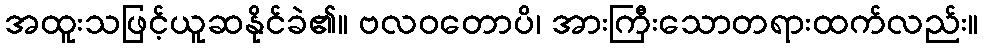
အထူးသဖြင့်ယူဆနိုင်ခဲ၏။ ဗလဝတောပိ၊ အားကြီးသောတရားထက်လည်း။